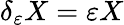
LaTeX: \delta_{\varepsilon}X=\varepsilon X